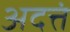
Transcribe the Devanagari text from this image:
अदत्तं